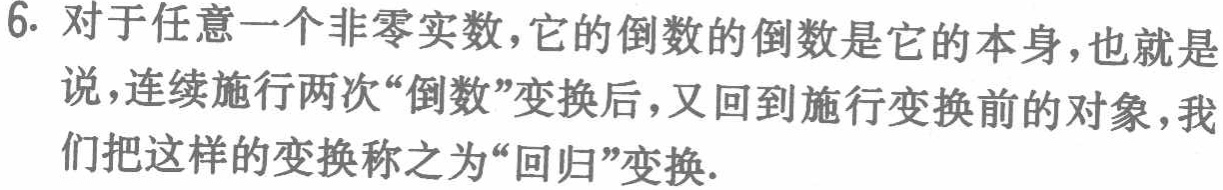
6. 对于任意一个非零实数，它的倒数的倒数是它的本身，也就是说，连续施行两次“倒数”变换后，又回到施行变换前的对象，我们把这样的变换称之为“回归”变换.